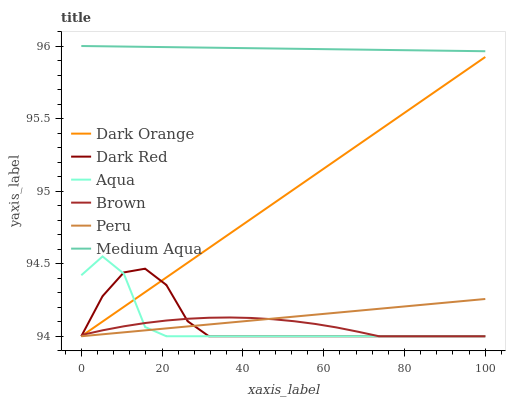
| xaxis_label | Dark Orange | Dark Red | Aqua | Brown | Peru | Medium Aqua |
 | --- | --- | --- | --- | --- | --- | --- |
 | 0 | 94 | 94 | 94.4 | 94 | 94 | 96 |
 | 5.26 | 94.1 | 94.3 | 94.5 | 94 | 94 | 96 |
 | 10.5 | 94.2 | 94.4 | 94.4 | 94.1 | 94 | 96 |
 | 15.8 | 94.3 | 94.5 | 94.1 | 94.1 | 94 | 96 |
 | 21.1 | 94.4 | 94.4 | 94 | 94.1 | 94.1 | 96 |
 | 26.3 | 94.5 | 94.1 | 94 | 94.1 | 94.1 | 96 |
 | 31.6 | 94.6 | 94 | 94 | 94.1 | 94.1 | 96 |
 | 36.8 | 94.7 | 94 | 94 | 94.1 | 94.1 | 96 |
 | 42.1 | 94.8 | 94 | 94 | 94.1 | 94.1 | 96 |
 | 47.4 | 94.9 | 94 | 94 | 94.1 | 94.1 | 96 |
 | 52.6 | 95 | 94 | 94 | 94.1 | 94.1 | 96 |
 | 57.9 | 95.1 | 94 | 94 | 94.1 | 94.1 | 96 |
 | 63.2 | 95.2 | 94 | 94 | 94.1 | 94.2 | 96 |
 | 68.4 | 95.3 | 94 | 94 | 94 | 94.2 | 96 |
 | 73.7 | 95.4 | 94 | 94 | 94 | 94.2 | 96 |
 | 78.9 | 95.5 | 94 | 94 | 94 | 94.2 | 96 |
 | 84.2 | 95.6 | 94 | 94 | 94 | 94.2 | 96 |
 | 89.5 | 95.7 | 94 | 94 | 94 | 94.2 | 96 |
 | 94.7 | 95.8 | 94 | 94 | 94 | 94.2 | 96 |
 | 100 | 95.9 | 94 | 94 | 94 | 94.3 | 96 |